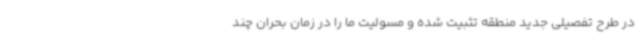
در طرح تفصیلی جدید منطقه تثبیت شده و مسولیت ما را در زمان بحران چند